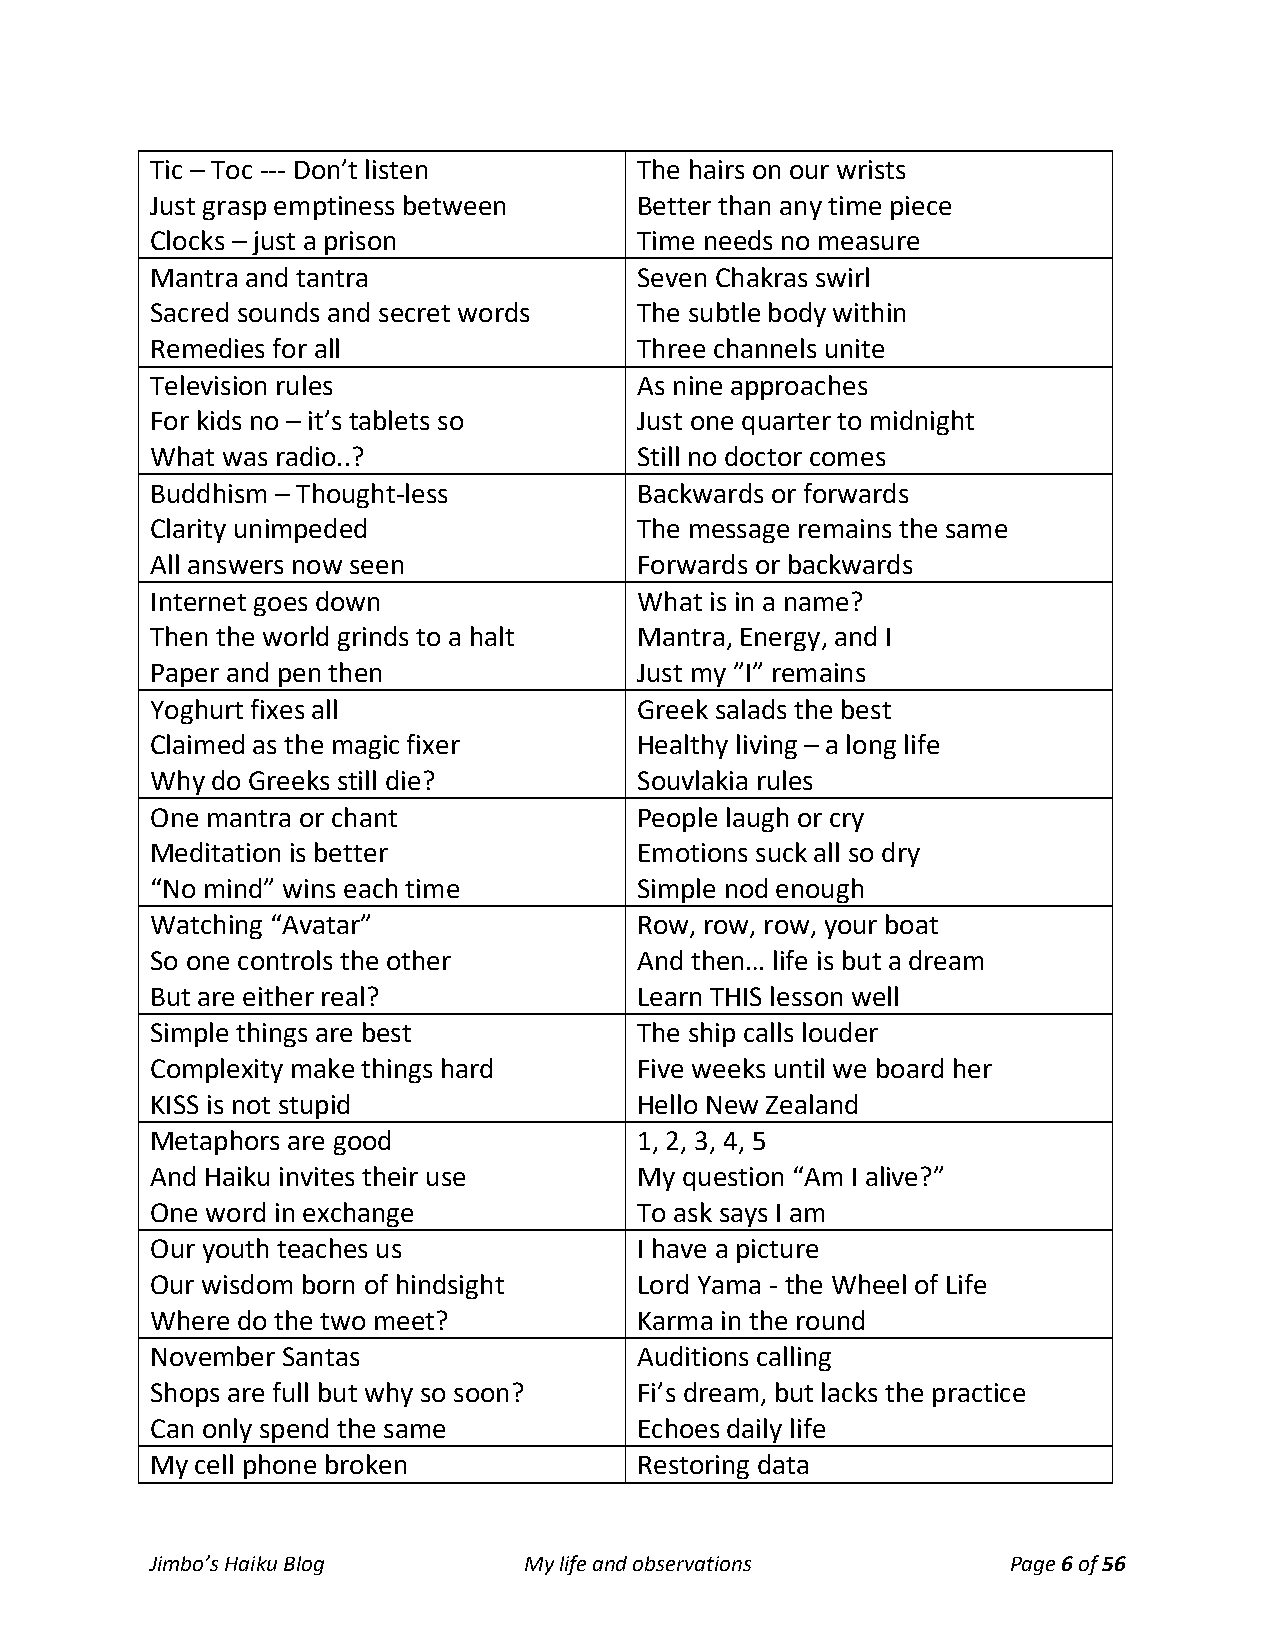
Tic – Toc --- Don’t listen      The hairs on our wrists
 Just grasp emptiness between    Better than any time piece
 Clocks – just a prison          Time needs no measure
 Mantra and tantra               Seven Chakras swirl
 Sacred sounds and secret words  The subtle body within
 Remedies for all                Three channels unite
 Television rules                As nine approaches
 For kids no – it’s tablets so   Just one quarter to midnight
 What was radio..?               Still no doctor comes
 Buddhism – Thought-less         Backwards or forwards
 Clarity unimpeded               The message remains the same
 All answers now seen            Forwards or backwards
 Internet goes down              What is in a name?
 Then the world grinds to a halt Mantra, Energy, and I
 Paper and pen then              Just my ”I” remains
 Yoghurt fixes all               Greek salads the best
 Claimed as the magic fixer      Healthy living – a long life
 Why do Greeks still die?        Souvlakia rules
 One mantra or chant             People laugh or cry
 Meditation is better            Emotions suck all so dry
 “No mind” wins each time        Simple nod enough
 Watching “Avatar”               Row, row, row, your boat
 So one controls the other       And then… life is but a dream
 But are either real?            Learn THIS lesson well
 Simple things are best          The ship calls louder
 Complexity make things hard     Five weeks until we board her
 KISS is not stupid              Hello New Zealand
 Metaphors are good              1, 2, 3, 4, 5
 And Haiku invites their use     My question “Am I alive?”
 One word in exchange            To ask says I am
 Our youth teaches us            I have a picture
 Our wisdom born of hindsight    Lord Yama - the Wheel of Life
 Where do the two meet?          Karma in the round
 November Santas                 Auditions calling
 Shops are full but why so soon? Fi’s dream, but lacks the practice
 Can only spend the same         Echoes daily life
 My cell phone broken            Restoring data
 Jimbo’s Haiku Blog       My life and observations        Page 6 of 56